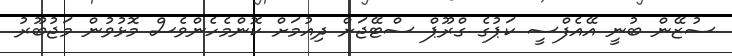
ސުޒޭން ބުނީ އޭއެފްސީ ކަޕުގެ ގްރޫޕް ސްޓޭޖަށް ދިއުމަށް ކޮންމެހެންވެސް މޮޅުވުން މަޖުބޫރު